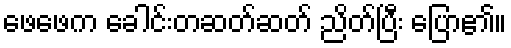
ဖေဖေက ခေါင်းတဆတ်ဆတ် ညိတ်ပြီး ပြော၏။